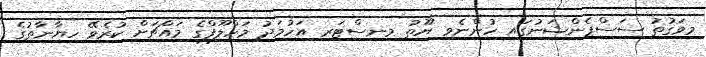
މިވަގުތު ސަސްޕެންޝަނުގައި ހުންނެވި ޔޫތު މިނިސްޓަރ އަހުމަދު މަހްލޫފްގެ މައްޗަށް ކުރެވޭ ހިޔާނާތުގެ